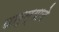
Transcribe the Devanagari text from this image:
पार्ल्याचे